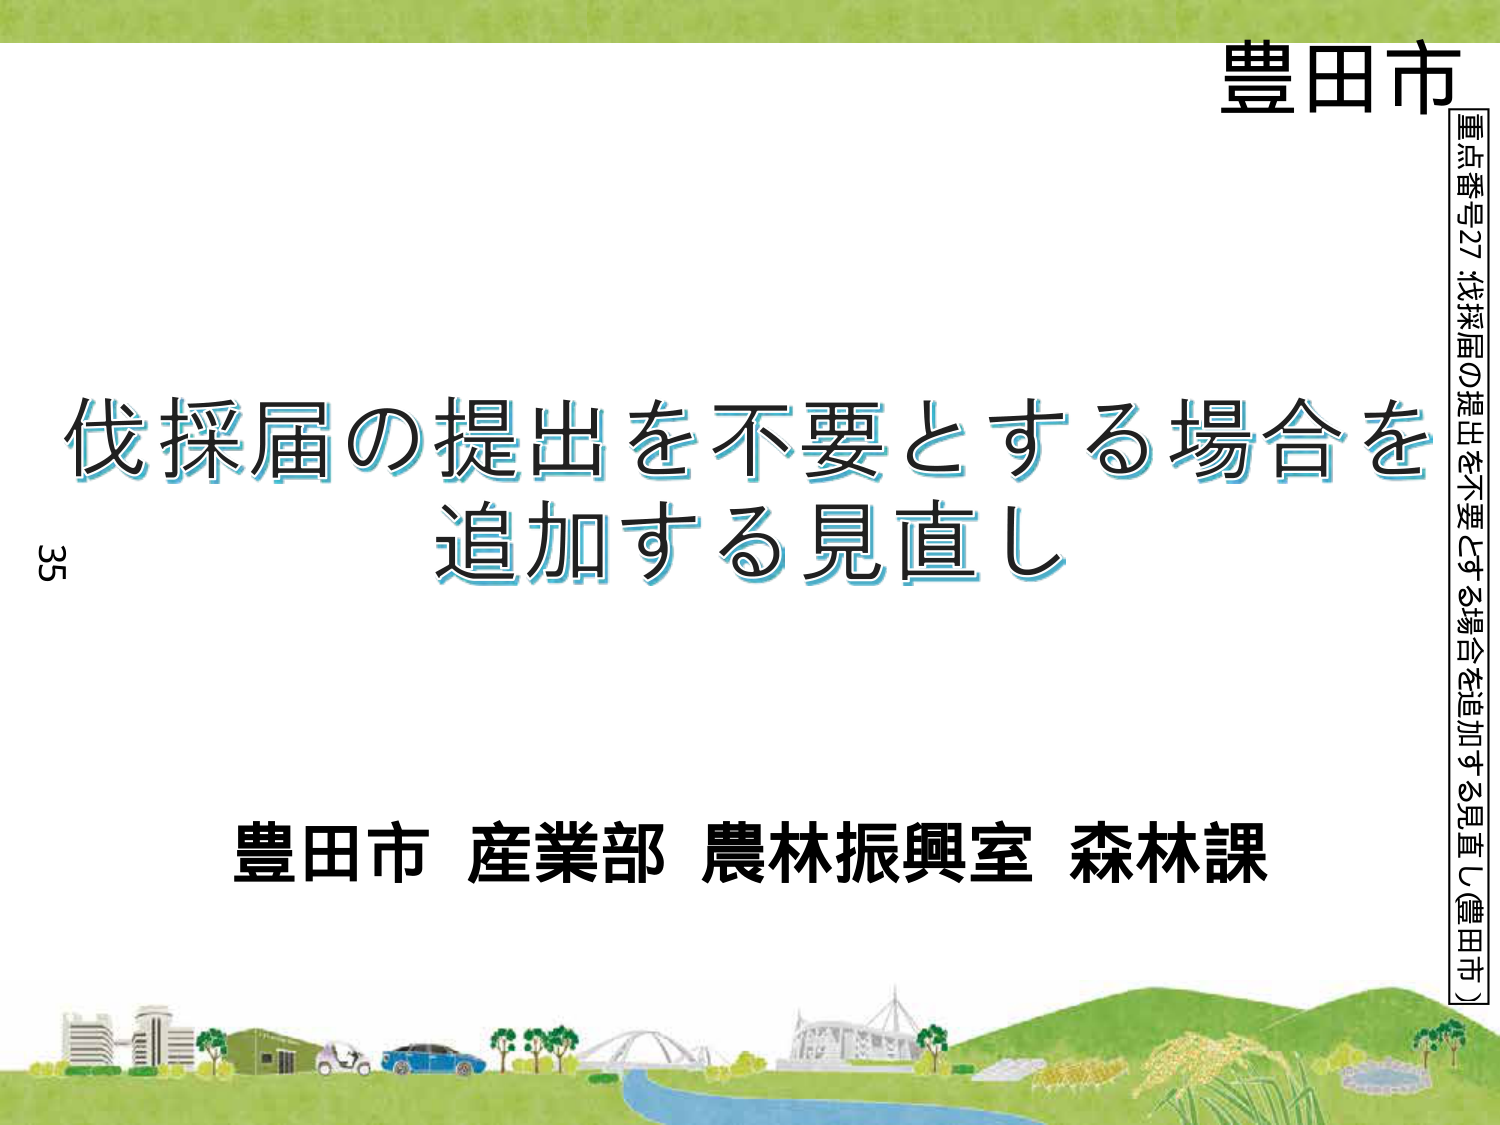
豊田市
重点番号27：伐採届の提出を不要とする場合を追加する見直し（豊田市）
35
伐採届の提出を不要とする場合を
追加する見直し
豊田市 産業部 農林振興室 森林課